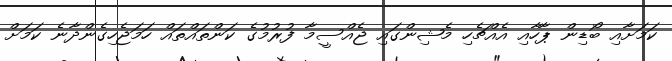
ކަމަށާއި ބޯޑިން ޕާހާއި އެއްޗެހި މެޝިންގައި ޖެއްސީމާ ފުރުމުގެ ކަންތައްތައް ހަމަޖެހިގެންދާނެ ކަމަށް